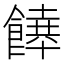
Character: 𩞔